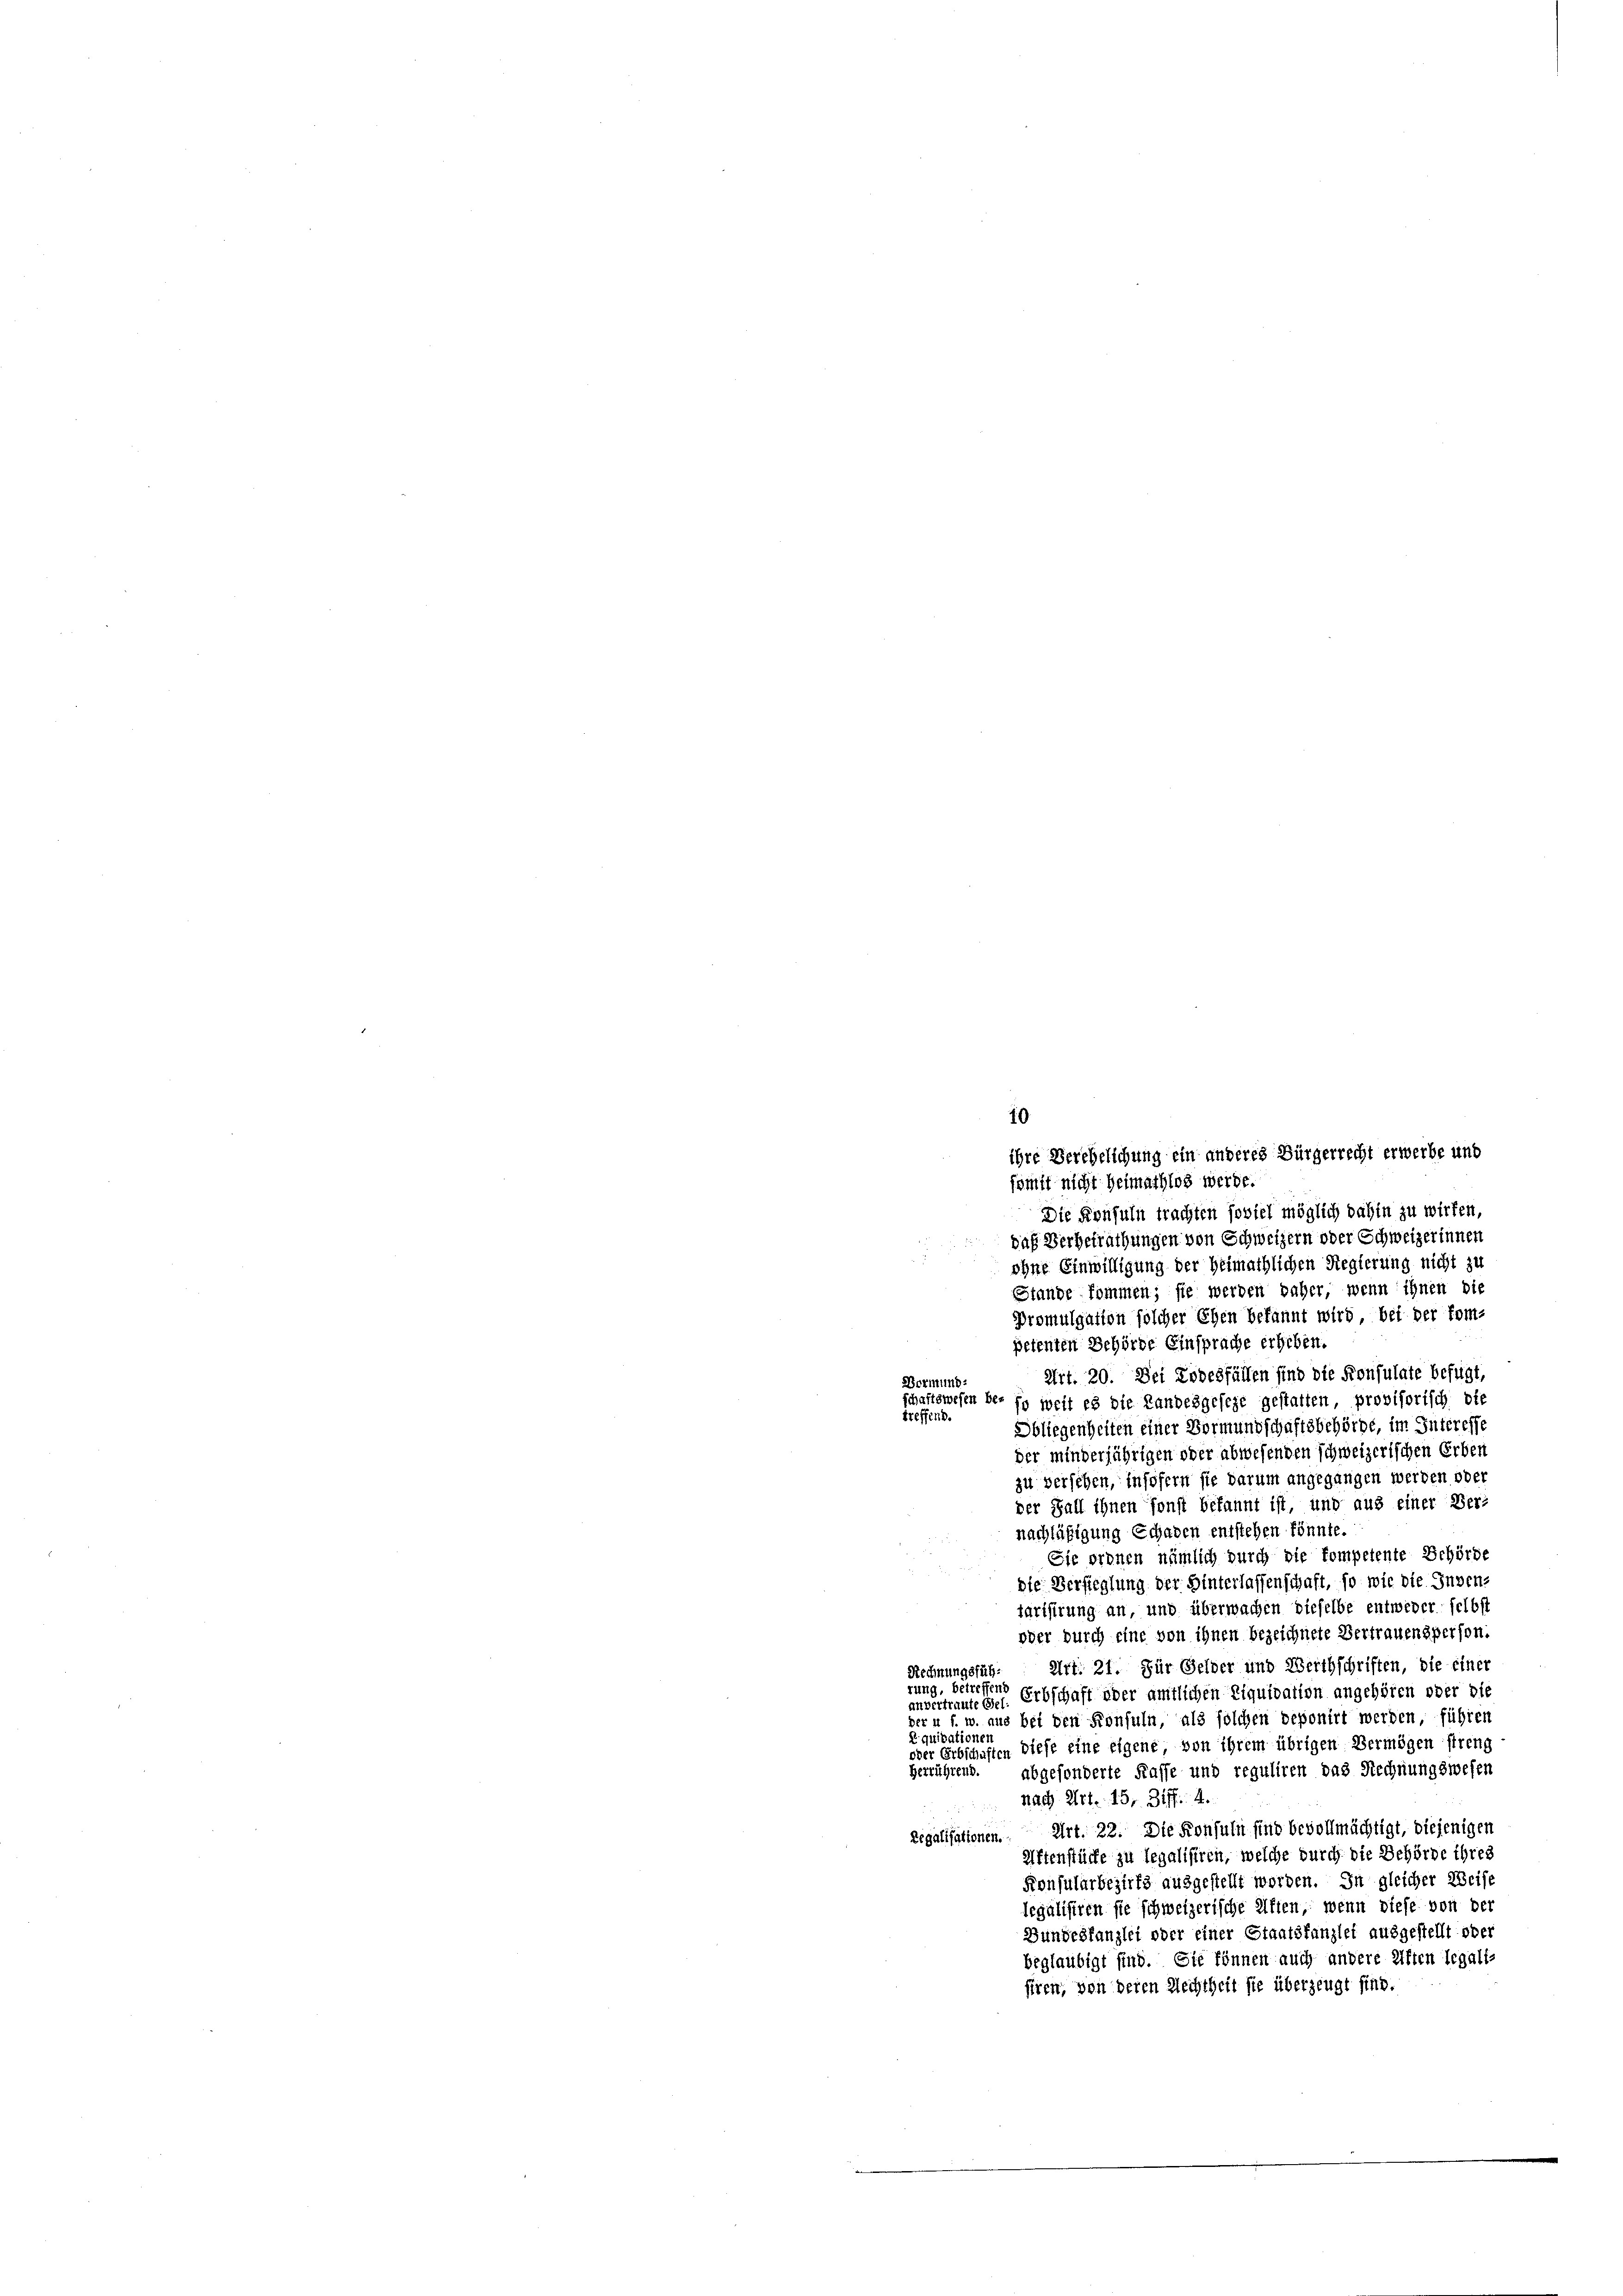
Die Konsuln trachten soviel möglich dahin zu wirken,
das Verbetrathungen von Schweizern oder Schweizerinnen
ohne Einwilligung der Heimathlichen Regierung nicht zu
Stande kommen; sie werden daher, wenn ihnen die
Promulgation solcher Ehen bekannt wird, bei der kom-
petenten Behörde Einsprache erheben.
Art. 20. Dei Todesfällen sind die Konsulate befügt,
Bormund-
schaftswesen be- fy welt es die Landesgeseze gestatten, provisorisch die
treffend.
Obliegenheiten einer Vormundschaftsbehörde, im Interesse
der minderjährigen oder abwesenden schweizerischen Erben
zu versehen, insofern sie darum angegangen werden oder
der Fall ihnen sonst bekannt ist, und aus einer Ver-
nachläßigung Schaden entstehen könnte.
Sie ordnen nämlich durch die kompetente Behörde
dte Versieglung der Hinterlassenschaft, so wie die Inven-
tarisirung an, und überwachen dieselbe entweder selbst
oder durch eine von ihnen bezeichnete Vertrauensperson.
Rechnungsfüh. Art. 21. Für Gelder und Werthschriften, die einer
rung, betreffend
anvertraute ges. Erbschaft oder amtlichen Liquidation angehören oder die
der u s. w. aus bei den Konfuln, als solchen deponirt werden, führen
Equidationen
oder Erbschaften diese eine Eigene von ihrem übrigen Vermögen streng
herrührend. abgesonderte Kasse und reguliren das Rechnungswesen
nach Art. 15, Ziff. 4.
Eigalisationen. Art. 22. Die Konsuln sind bevollmächtigt, diejenigen
Aftenstücke zu legalisiren, welche durch die Behörde ihres
Konsularbezirks ausgestellt worden. In gleicher Weise
legalisiren sie schweizerische Affen, wenn diese von der
Bundeskanzlei oder einer Staatskanzlei ausgestellt oder
beglaubigt sind. Sie können auch andere Aften legali-
siren, von deren Rechtheit sie überzeugt sind.

10
ihre Verehelichung ein anderes Bürgerrecht erwerbe und
somit nicht Heimathlos werde.